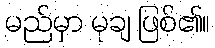
မည်မှာ မုချ ဖြစ်၏။